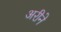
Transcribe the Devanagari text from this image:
अरीने